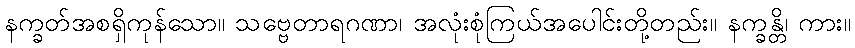
နက္ခတ်အစရှိကုန်သော။ သဗ္ဗေတာရဂဏာ၊ အလုံးစုံကြယ်အပေါင်းတို့တည်း။ နက္ခန္တိ၊ ကား။